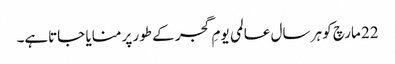
22 مارچ کو ہر سال عالمی یومِ گجر کے طور پر منایا جاتاہے۔